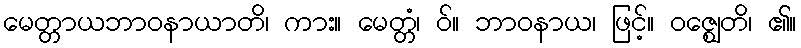
မေတ္တာယဘာဝနာယာတိ၊ ကား။ မေတ္တံ၊ ဝ်။ ဘာဝနာယ၊ ဖြင့်။ ဝဇ္ဈေတိ၊ ၏။